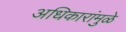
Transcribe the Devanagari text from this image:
अधिकारांमुळे